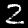
Digit: 2